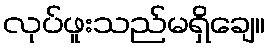
လုပ်ဖူးသည်မရှိချေ။